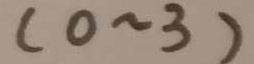
( 0 \sim 3 )